Indian journal of veterinary science and animal husbandry - Volume 4,
Year: 1934
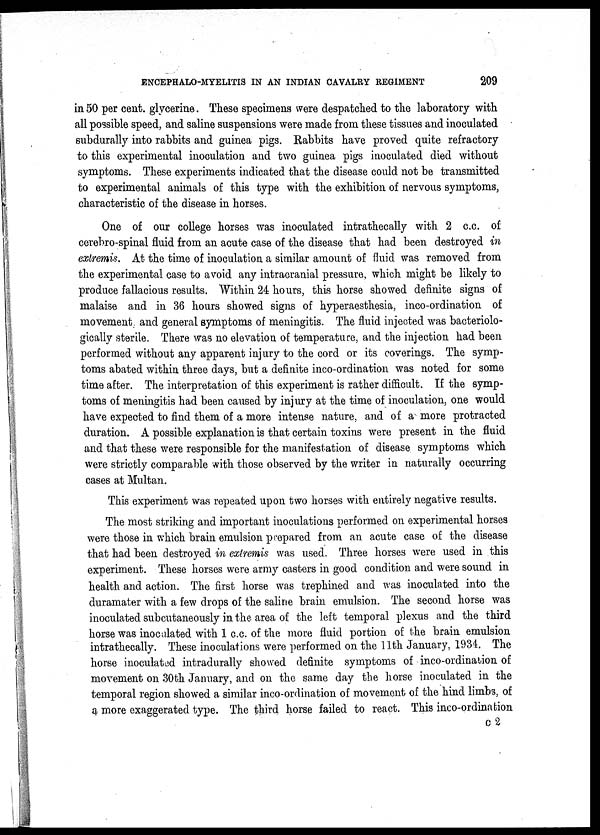
ENCEPHALO-MYELITIS IN AN INDIAN CAVALRY REGIMENT
209
in 50 per cent. glycerine. These specimens were despatched to the laboratory with
all possible speed, and saline suspensions were made from these tissues and inoculated
subdurally into rabbits and guinea pigs. Rabbits have proved quite refractory
to this experimental inoculation and two guinea pigs inoculated died without
symptoms. These experiments indicated that the disease could not be transmitted
to experimental animals of this type with the exhibition of nervous symptoms,
characteristic of the disease in horses.
One of our college horses was inoculated intrathecally with 2 c.c. of
cerebro-spinal fluid from an acute case of the disease that had been destroyed in
extremis. At the time of inoculation a similar amount of fluid was removed from
the experimental case to avoid any intracranial pressure, which might be likely to
produce fallacious results. Within 24 hours, this horse showed definite signs of
malaise and in 36 hours showed signs of hyperaesthesia, inco-ordination of
movement and general symptoms of meningitis. The fluid injected was bacteriolo¬
gically sterile. There was no elevation of temperature, and the injection had been
performed without any apparent injury to the cord or its coverings. The symp-
toms abated within three days, but a definite inco-ordination was noted for some
time after. The interpretation of this experiment is rather difficult. If the symp-
toms of meningitis had been caused by injury at the time of inoculation, one would
have expected to find them of a more intense nature, and of a more protracted
duration. A possible explanation is that certain toxins were present in the fluid
and that these were responsible for the manifestation of disease symptoms which
were strictly comparable with those observed by the writer in naturally occurring
cases at Multan.
This experiment was repeated upon two horses with entirely negative results.
The most striking and important inoculations performed on experimental horses
were those in which brain emulsion prepared from an acute case of the disease
that had been destroyed in extremis was used. Three horses were used in this
experiment. These horses were army casters in good condition and were sound in
health and action. The first horse was trephined and was inoculated into the
duramater with a few drops of the saline brain emulsion. The second horse was
inoculated subcutaneously in the area of the left temporal plexus and the third
horse was inoculated with 1 c.c. of the more fluid portion of the brain emulsion
intrathecally. These inoculations were performed on the 11th January, 1934. The
horse inoculated intradurally showed definite symptoms of inco-ordination of
movement on 30th January, and on the same day the horse inoculated in the
temporal region showed a similar inco-ordination of movement of the hind limbs, of
a more exaggerated type. The third horse failed to react. This inco-ordination
C 2